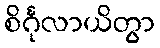
စိင်္ဂုလာယိတွာ